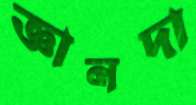
জ্ঞানদা